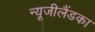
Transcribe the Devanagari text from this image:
न्यूजीलैंडका